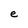
Character: e